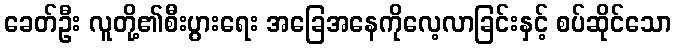
ခေတ်ဦး လူတို့၏စီးပွားရေး အခြေအနေကိုလေ့လာခြင်းနှင့် စပ်ဆိုင်သော